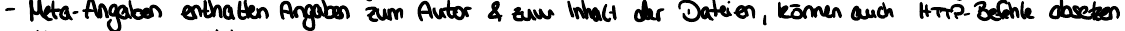
- Meta-Angaben enthalten Angaben zum Autor & zum Inhalt der Dateien, können auch HTTP-Befehle absetzen